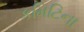
કમિટિના